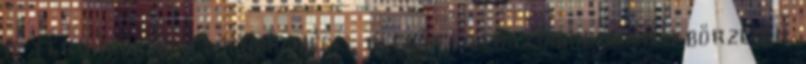
is terráriumban laknak, mégis, ritkán láthatóak ezeken a börzéken.